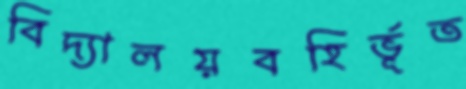
বিদ্যালয়বহির্ভূত